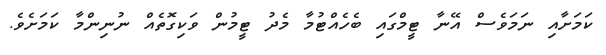
ކަމަށާއި ނަމަވެސް އޭނާ ޓީމްގައި ބެހެއްޓުމާ މެދު ޓީމުން ވަކިގޮތެއް ނުނިންމާ ކަމަށެވެ.